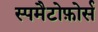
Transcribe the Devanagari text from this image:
स्पमैटोफ़ोर्स